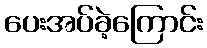
ပေးအပ်ခဲ့ကြောင်း